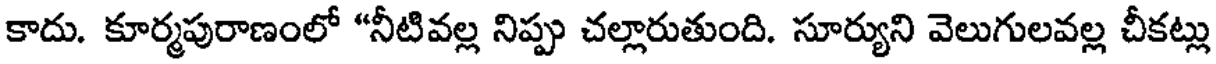
కాదు. కూర్మపురాణంలో "నీటివల్ల నిప్పు చల్లారుతుంది. సూర్యుని వెలుగులవల్ల చీకట్లు